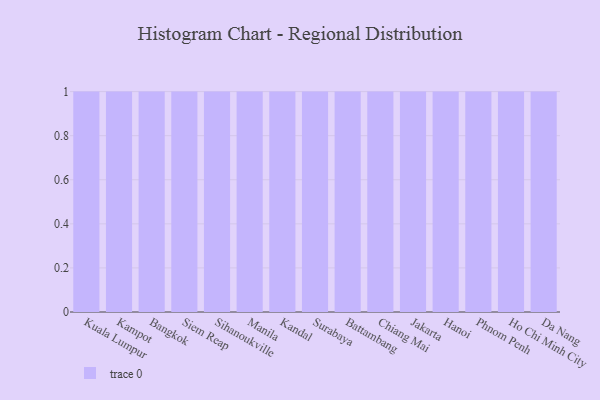
{"axis": {"x": "City", "y": "Shipments"}, "legend": [""], "data": [{"x": "Kuala Lumpur", "y": 91, "type": ""}, {"x": "Kampot", "y": 43, "type": ""}, {"x": "Bangkok", "y": 80, "type": ""}, {"x": "Siem Reap", "y": 44, "type": ""}, {"x": "Sihanoukville", "y": 55, "type": ""}, {"x": "Manila", "y": 28, "type": ""}, {"x": "Kandal", "y": 21, "type": ""}, {"x": "Surabaya", "y": 35, "type": ""}, {"x": "Battambang", "y": 79, "type": ""}, {"x": "Chiang Mai", "y": 24, "type": ""}, {"x": "Jakarta", "y": 63, "type": ""}, {"x": "Hanoi", "y": 61, "type": ""}, {"x": "Phnom Penh", "y": 48, "type": ""}, {"x": "Ho Chi Minh City", "y": 63, "type": ""}, {"x": "Da Nang", "y": 90, "type": ""}]}